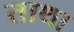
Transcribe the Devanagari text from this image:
ताथा